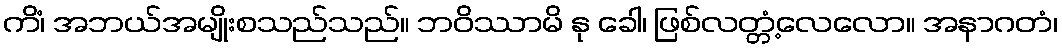
ကိံ၊ အဘယ်အမျိုးစသည်သည်။ ဘဝိဿာမိ နု ခေါ၊ ဖြစ်လတ္တံ့လေလော။ အနာဂတံ၊